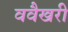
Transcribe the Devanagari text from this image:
ववैखरी